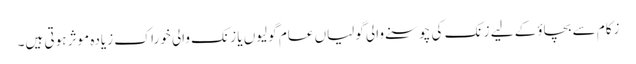
زکام سے بچاؤ‌کے لیے زنک کی چوسنے والی گولیاں عام گولیوں یا زنک والی خوراک زیادہ موثر ہوتی ہیں۔